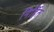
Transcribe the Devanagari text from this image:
निर्हित